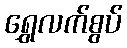
ရွှေလက်စွပ်